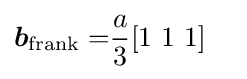
{\begin{aligned}{\boldsymbol {b}}_{\text{frank}}=&{\frac {a}{3}}[{\text{1 1 1}}]\end{aligned}}